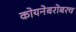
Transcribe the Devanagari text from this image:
कोयनेबरोबरच